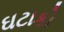
ઘટાકો